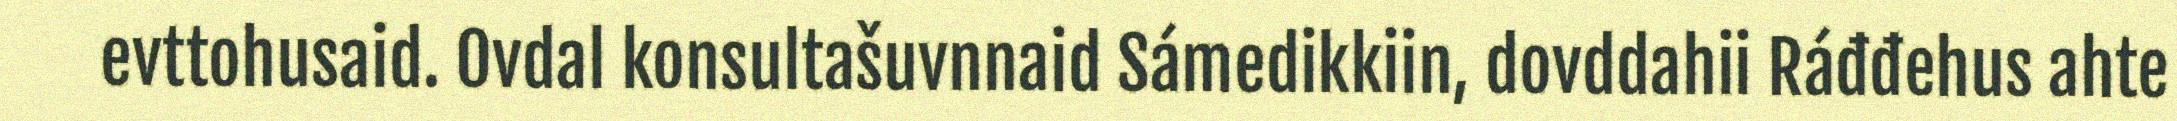
evttohusaid. Ovdal konsultašuvnnaid Sámedikkiin, dovddahii Ráđđehus ahte